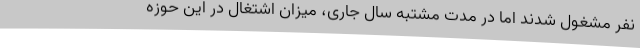
نفر مشغول شدند اما در مدت مشتبه سال جاری، میزان اشتغال در این حوزه